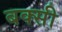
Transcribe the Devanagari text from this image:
बक्सी